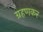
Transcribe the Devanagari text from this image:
ग्रहणकर